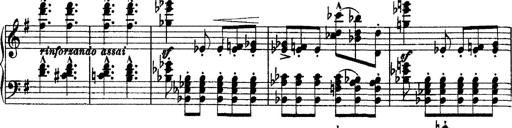
Title: Morceau de Salon
Composer: Josef Adalbert Pacher
Key: D-flat major